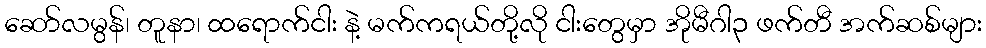
ဆော်လမွန်၊ တူနာ၊ ထရောက်ငါး နဲ့ မက်ကရယ်တို့လို ငါးတွေမှာ အိုမီဂါ၃ ဖက်တီ အက်ဆစ်များ